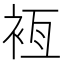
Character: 𧙸